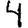
Digit: 4